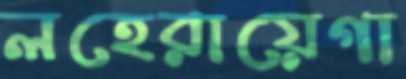
লহেরায়েগা